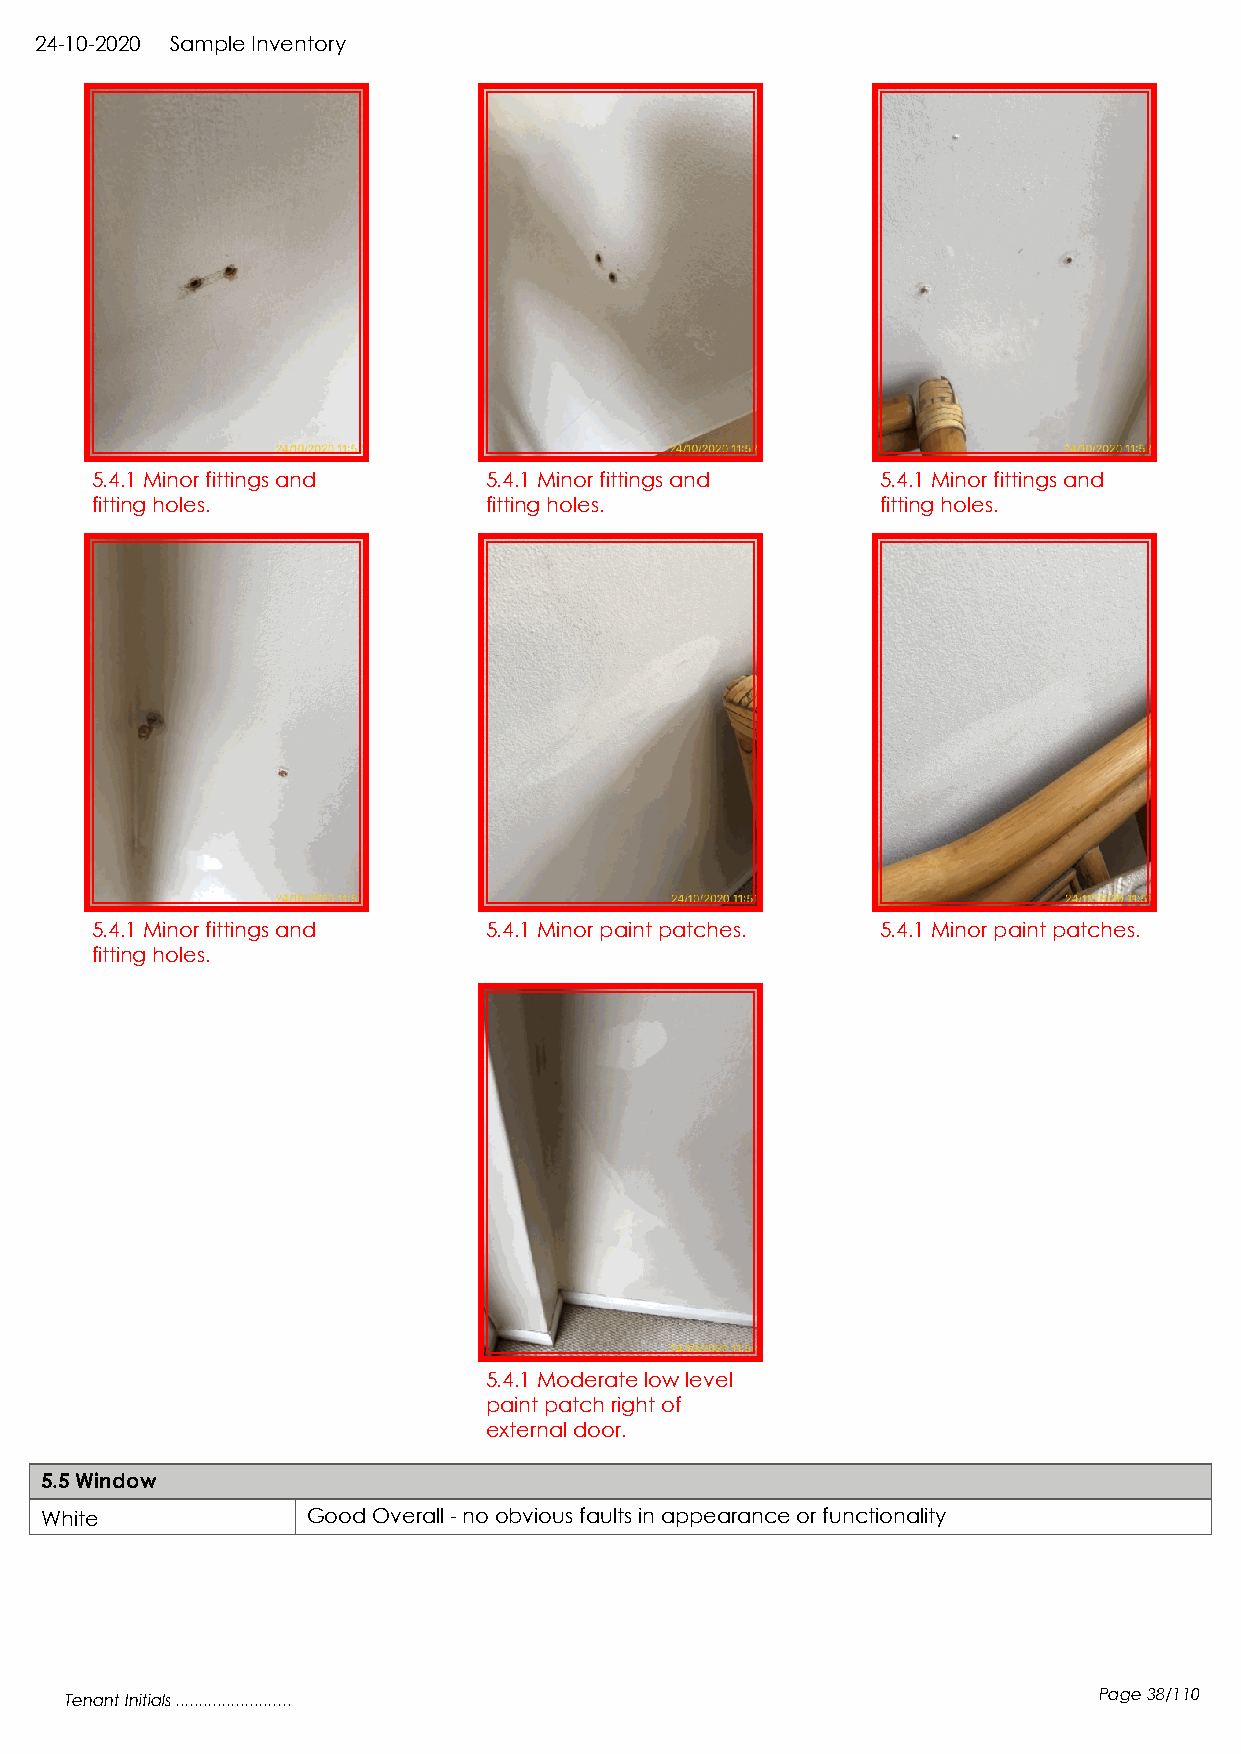
24-10-2020 Sample Inventory
 5.4.1 Minor fittings and  5.4.1 Minor fittings and  5.4.1 Minor fittings and
 fitting holes.            fitting holes.            fitting holes.
 5.4.1 Minor fittings and  5.4.1 Minor paint patches. 5.4.1 Minor paint patches.
 fitting holes.
 5.4.1 Moderate low level
 paint patch right of
 external door.
 5.5 Window
 White            Good Overall - no obvious faults in appearance or functionality
 Tenant Initials .........................                            Page 38/110